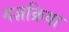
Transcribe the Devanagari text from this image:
यज्ञक्रिया